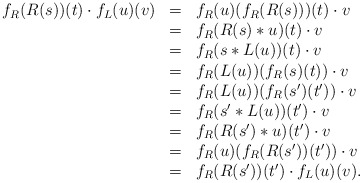
\begin{align*}\begin{array}{lll}f_R(R(s))(t)\cdot f_L(u)(v)&=&f_R(u)(f_R(R(s)))(t)\cdot v\\&=&f_R(R(s)*u)(t)\cdot v\\&=&f_R(s*L(u))(t)\cdot v\\&=&f_R(L(u))(f_R(s)(t))\cdot v\\&=&f_R(L(u))(f_R(s')(t'))\cdot v\\&=&f_R(s'*L(u))(t')\cdot v\\&=&f_R(R(s')*u)(t')\cdot v\\&=&f_R(u)(f_R(R(s'))(t'))\cdot v\\&=&f_R(R(s'))(t')\cdot f_L(u)(v).\end{array}\end{align*}